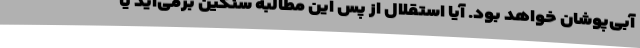
آبی‌پوشان خواهد بود. آیا استقلال از پس این مطالبه سنگین برمی‌آید یا